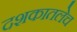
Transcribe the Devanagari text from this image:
दशकातलेच